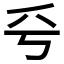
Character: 𠂞